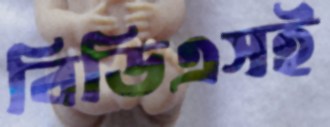
বিডিএসই